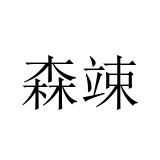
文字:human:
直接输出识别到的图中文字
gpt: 森竦